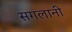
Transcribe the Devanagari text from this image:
सगलानी